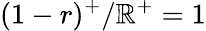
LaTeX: (1-r)^{+}/\mathbb{R}^{+}=1